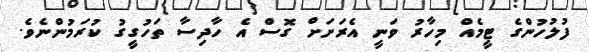
ފުލުހުންގެ ޓީމެއް މިހާރު ވަނީ އެރަށަށް ގޮސް އެ ހާދިސާ ތަހުގީގު ކުރަމުންނެވެ.